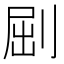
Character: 𠜾